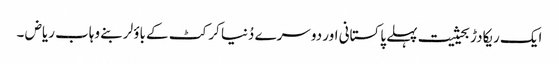
ایک ریکادڑ بحیثیت پہلے پاکستانی اور دوسرے دُنیا کرکٹ کے باؤلر بنے وہاب ریاض ۔